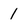
Character: 1